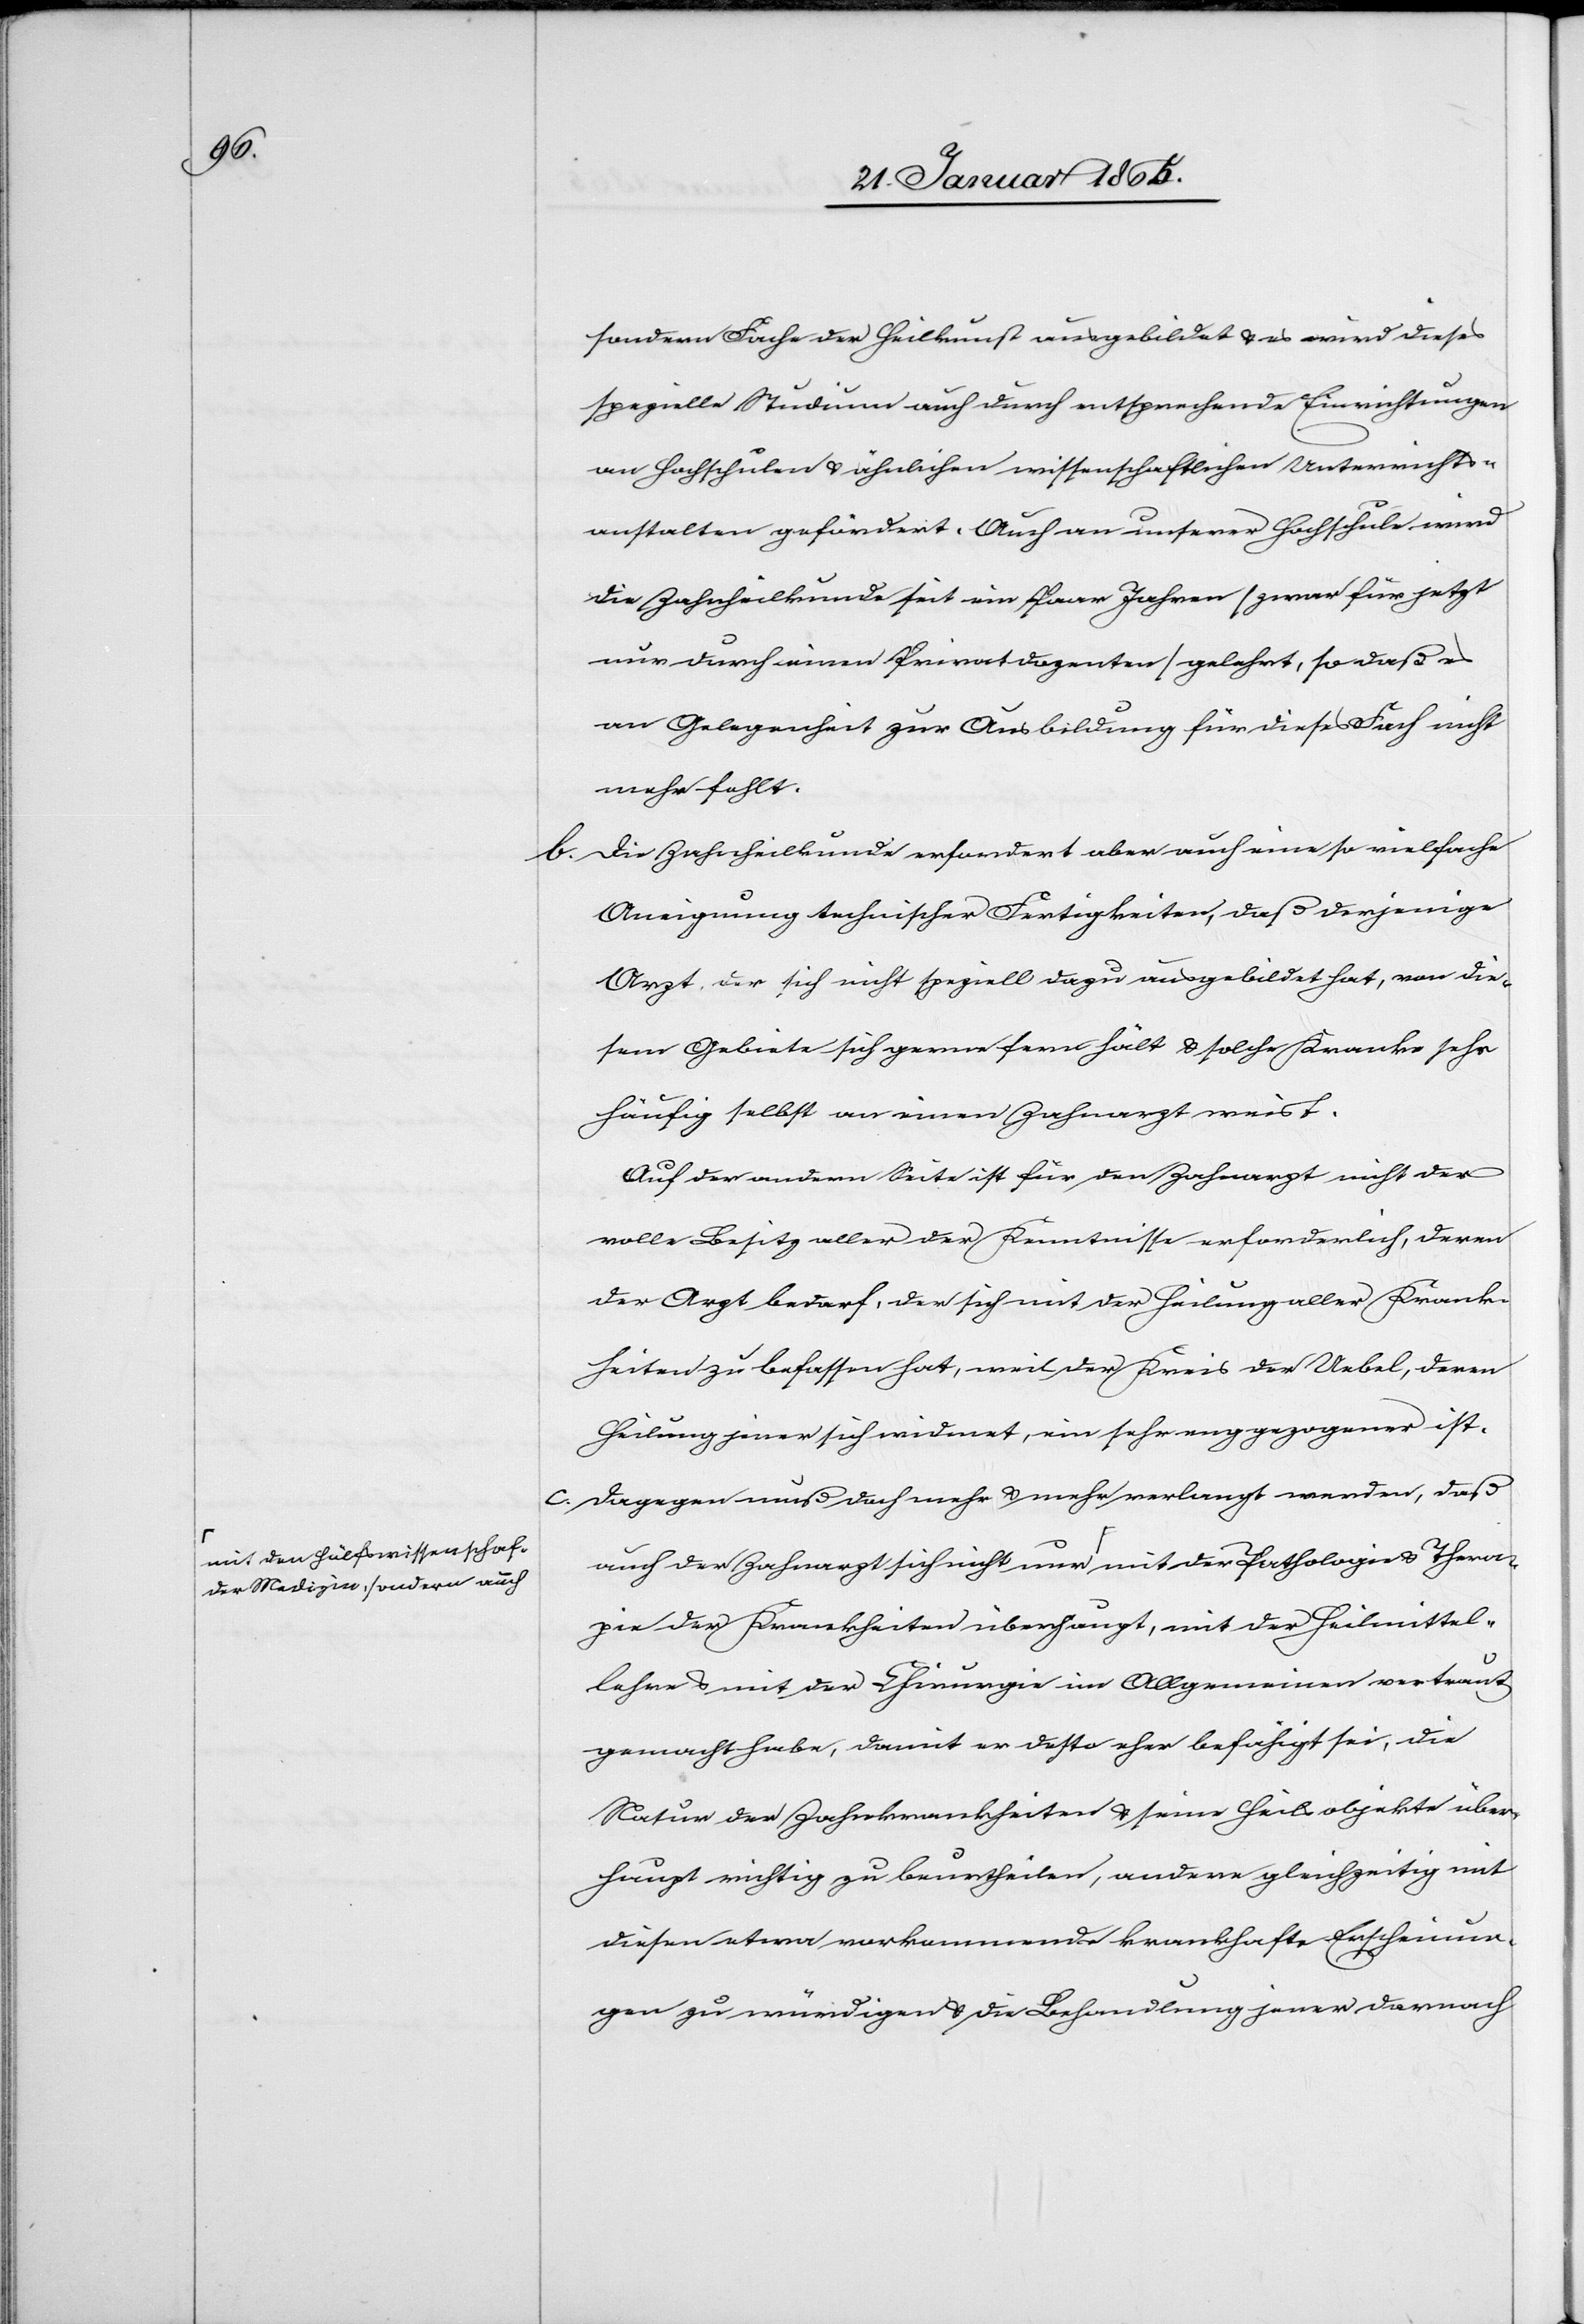
Thera¬

der Medizin, sondern auch-a

sondern Fache der Heilkunst ausgebildet u. es wird dieses
spezielle Studium auch durch entsprechende Einrichtungen
an Hochschulen u. ähnlichen wissenschaftlichen Unterrichts¬
anstalten gefördert. Auch an unserer Hochschule wird
die Zahnheilkunde seit ein Paar Jahren [zwar für jetzt
nur durch einen Privatdozenten] gelehrt, so daß es
an Gelegenheit zur Ausbildung für dieses Fach nicht
mehr fehlt.
b. Die Zahnheilkunde erfordert aber auch eine so vielfache
Aneignung technischer Fertigkeiten, daß derjenige
Arzt, der sich nicht speziell dazu ausgebildet hat, von die¬
sem Gebiete sich gerne fern hält u. solche Kranke sehr
häufig selbst an einen Zahnarzt weist.
Auf der andern Seite ist für den Zahnarzt nicht der
volle Besitz aller der Kenntnisse erforderlich, deren
der Arzt bedarf, der sich mit der Heilung aller Krank¬
heiten zu befassen hat, weil der Kreis der Uebel, deren
Heilung jener sich widmet, ein sehr eng gezogener ist.
c. Dagegen muß doch mehr u. mehr verlangt werden, daß
auch der Zahnarzt sich nicht nur a-mit den Hülfswissenschaf.
pie der Krankheiten überhaupt, mit der Heilmittel¬
lehre u. mit der Chirurgie im Allgemeinen vertraut
gemacht habe, damit er desto eher befähigt sei, die
Natur der Zahnkrankheiten u. seine Heilsobjekte über¬
haupt richtig zu beurtheilen, andere gleichzeitig mit
diesen etwa vorkommende krankhafte Erscheinun¬
gen zu würdigen u. die Behandlung jener darnach